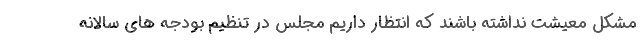
مشکل معیشت نداشته باشند که انتظار داریم مجلس در تنظیم بودجه های سالانه